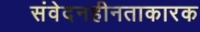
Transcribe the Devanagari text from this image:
संवेदनहीनताकारक